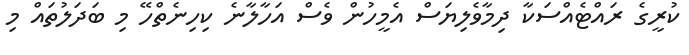
ކުރީގެ ރައްޓެއްސަކާ ދިމާވެލިޔަސް އެމީހުން ވެސް އަހާލާނެ ކިހިނެތްހޭ މި ބަދަލުތައް މި